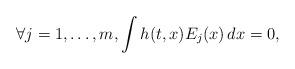
LaTeX: \begin{align*} \forall j=1,\ldots,m,\int h(t,x)E_j(x)\,dx=0,\end{align*}